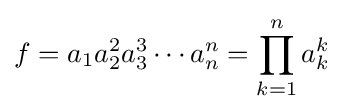
f=a_{1}a_{2}^{2}a_{3}^{3}\cdots a_{n}^{n}=\prod _{k=1}^{n}a_{k}^{k}